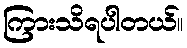
ကြားသိရပါတယ်။